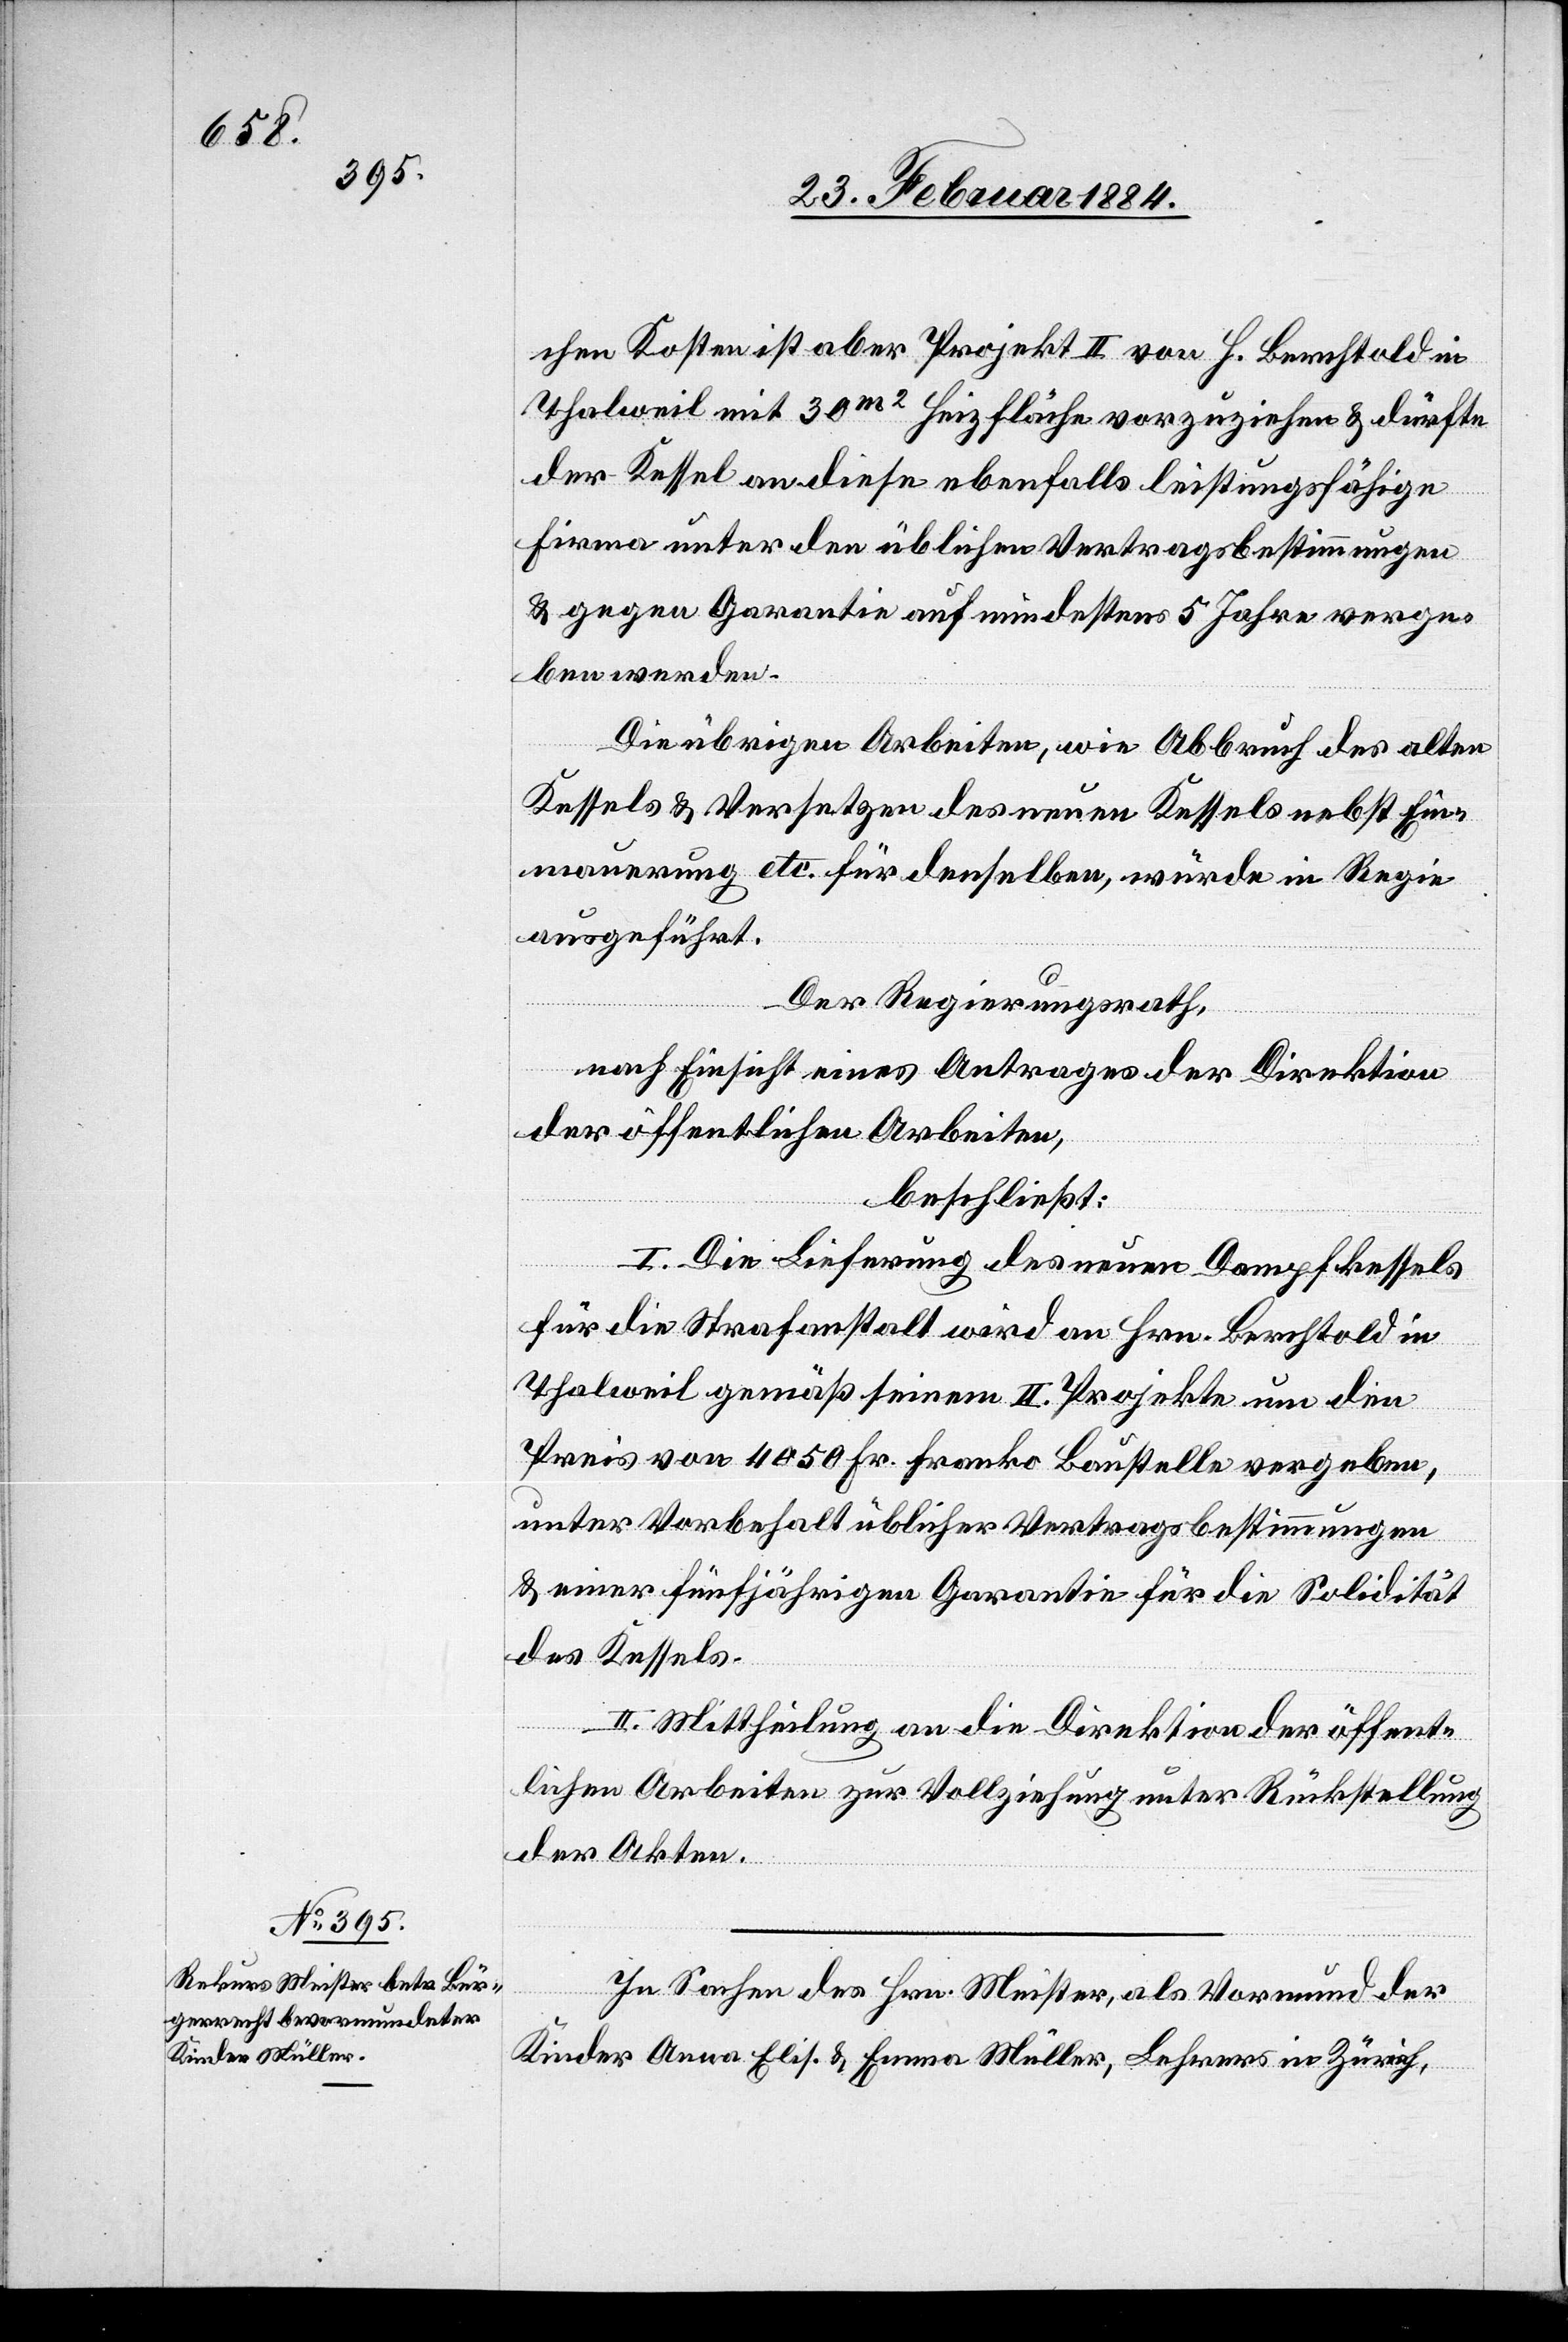
chen Kosten ist aber Projekt II von H. Berchtold in
Thalweil mit 30m2 Heizfläche vorzuziehen & dürfte
der Kessel an diese ebenfalls leistungsfähige
Firma unter den üblichen Vertragsbestimmungen
& gegen Garantie auf mindestens 5 Jahre verge¬
ben werden.
Die übrigen Arbeiten, wie Abbruch des alten
Kessels & Versetzen des neuen Kessels nebst Ein¬
mauerung etc. für denselben, würde[n] in Regie
ausgeführt.
Der Regierungsrath,
nach Einsicht eines Antrages der Direktion
der öffentlichen Arbeiten,
beschließt:
I. Die Lieferung des neuen Dampfkessels
für die Strafanstalt wird an Hrn. Berchtold in
Thalweil gemäß seinem II. Projekte um den
Preis von 4050 Fr. franko Baustelle vergeben,
unter Vorbehalt üblicher Vertragsbestimmungen
& einer fünfjährigen Garantie für die Solidität
des Kessels.
II. Mittheilung an die Direktion der öffent¬
lichen Arbeiten zur Vollziehung unter Rückstellung
der Akten.
In Sachen des Hrn. Meister, als Vormund der
Kinder Anna Elis. & Emma Müller, Lehrers in Zürich,